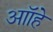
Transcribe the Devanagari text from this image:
आॉहे